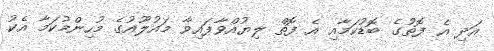
އަދި އެ ފޮތުގެ ބޮޑުކަމާއި އެ ފޮތް ލިޔުއްވާފައިވާ މައުލޫއުގެ މުހިންމުކަމާ އެކު